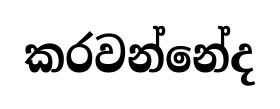
කරවන්නේද